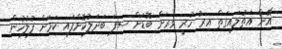
އޭނާ އަތުލައިގަތް އިރު ހުރީ ވަރަށް ބޮޑަށް ސިފަ ބަދަލުކޮށްފައި ކަމަށް ފުލުހުން